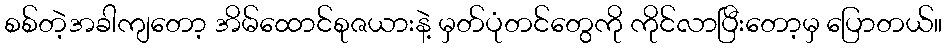
စစ်တဲ့အခါကျတော့ အိမ်ထောင်စုဇယားနဲ့ မှတ်ပုံတင်တွေကို ကိုင်လာပြီးတော့မှ ပြောတယ်။